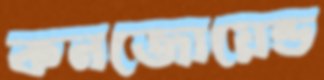
কনজোয়েন্ড